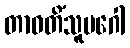
တာဝတိံသူပဂေါ